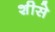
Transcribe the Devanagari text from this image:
शीसे